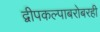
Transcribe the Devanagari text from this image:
द्वीपकल्पाबरोबरही